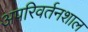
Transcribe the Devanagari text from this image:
अपरिवर्तनशाल